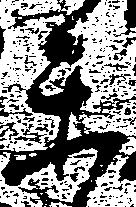
楽